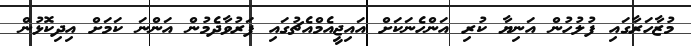
މުޒާހަރާގައި ފުލުހުން އަނިޔާ ކުރި އަންހެނަކަށް އައިޖީއެމްއެޗުގައި ފަރުވާދެމުން އަންނަ ކަމަށް އިދިކޮޅުން